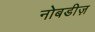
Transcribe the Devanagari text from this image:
नोबडीज़